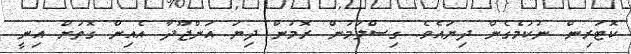
ކޮޓަރިން ނުކުމެގެން ދިޔައެވެ. ގިސްލަމުން ރޮމުން ދިޔަ އަންޖޫދާ އެއިން ގޮތަށް އިނީ